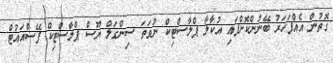
ގޮތުން އެއްފަހަރު ބޭނުންކޮށްފައި އުކާލާ ޕްލާސްޓިކް ނުވަތަ ސިންގަލް ޔޫސް ޕްލާސްޓިކް ފޭސްއައުޓް